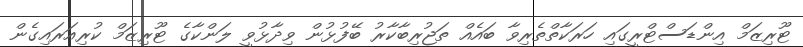
ޓޫރިޒަމް އިންޑަސްޓްރީގައި ހަރަކާތްތެރިވާ ބައެއް ތަޖުރިބާކާރު ބޭފުޅުން ވިދާޅުވީ ލަންކާގެ ޓޫރިޒަމް ކުރިއަރައިގެން